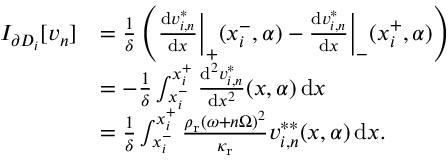
\begin{array} { r l } { I _ { \partial D _ { i } } [ v _ { n } ] } & { = \frac { 1 } { \delta } \left( \frac { \mathrm { d } v _ { i , n } ^ { * } } { \mathrm { d } x } \bigg \vert _ { + } ( x _ { i } ^ { - } , \alpha ) - \frac { \mathrm { d } v _ { i , n } ^ { * } } { \mathrm { d } x } \bigg \vert _ { - } ( x _ { i } ^ { + } , \alpha ) \right) } \\ & { = - \frac { 1 } { \delta } \int _ { x _ { i } ^ { - } } ^ { x _ { i } ^ { + } } \frac { \mathrm { d } ^ { 2 } v _ { i , n } ^ { * } } { \mathrm { d } x ^ { 2 } } ( x , \alpha ) \, \mathrm { d } x } \\ & { = \frac { 1 } { \delta } \int _ { x _ { i } ^ { - } } ^ { x _ { i } ^ { + } } \frac { \rho _ { \mathrm { r } } ( \omega + n \Omega ) ^ { 2 } } { \kappa _ { \mathrm { r } } } v _ { i , n } ^ { * * } ( x , \alpha ) \, \mathrm { d } x . } \end{array}